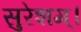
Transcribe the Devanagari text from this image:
सुरेशम्।